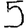
Digit: 5